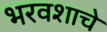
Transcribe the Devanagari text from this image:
भरवशाचे